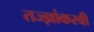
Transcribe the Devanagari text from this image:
तज्ज्ञांकरवी